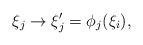
LaTeX: \begin{align*}\xi_j\rightarrow \xi'_j=\phi_j(\xi_i),\end{align*}